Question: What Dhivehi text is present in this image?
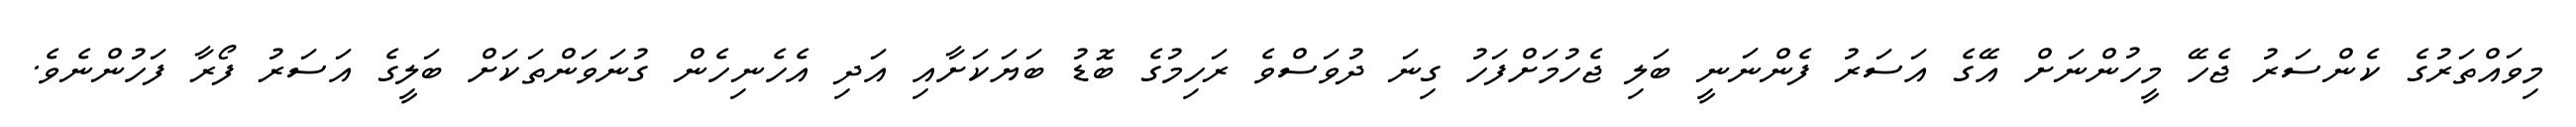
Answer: މިވައްތަރުގެ ކެންސަރު ޖެހޭ މީހުންނަށް އޭގެ އަސަރު ފެންނަނީ ބަލި ޖެހުމަށްފަހު ގިނަ ދުވަސްވެ ރަހިމުގެ ބޮޑު ބަޔަކަށާއި އަދި އެހެނިހެން ގުނަވަންތަކަށް ބަލީގެ އަސަރު ފޯރާ ފަހުންނެވެ.